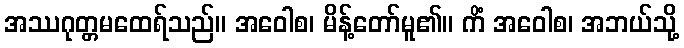
အဿဂုတ္တမထေရ်သည်။ အဝေါစ၊ မိန့်တော်မူ၏။ ကိံ အဝေါစ၊ အဘယ်သို့